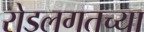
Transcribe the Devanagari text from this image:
रोडलगतच्या